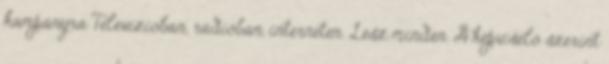
kampányra Televízióban, rádióban, interneten. Lesz minden. A képviselő szerint